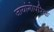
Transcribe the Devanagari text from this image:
जायांगोपरिक